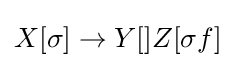
X[\sigma ]\to Y[]Z[\sigma f]